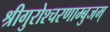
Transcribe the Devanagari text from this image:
श्रीगुरोश्चरणाम्बुजम्